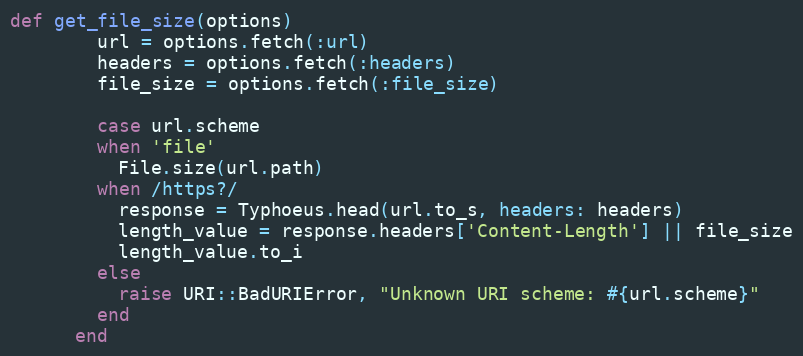
Language: Ruby
def get_file_size(options)
        url = options.fetch(:url)
        headers = options.fetch(:headers)
        file_size = options.fetch(:file_size)

        case url.scheme
        when 'file'
          File.size(url.path)
        when /https?/
          response = Typhoeus.head(url.to_s, headers: headers)
          length_value = response.headers['Content-Length'] || file_size
          length_value.to_i
        else
          raise URI::BadURIError, "Unknown URI scheme: #{url.scheme}"
        end
      end